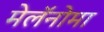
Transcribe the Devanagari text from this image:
मेलॅनोमा